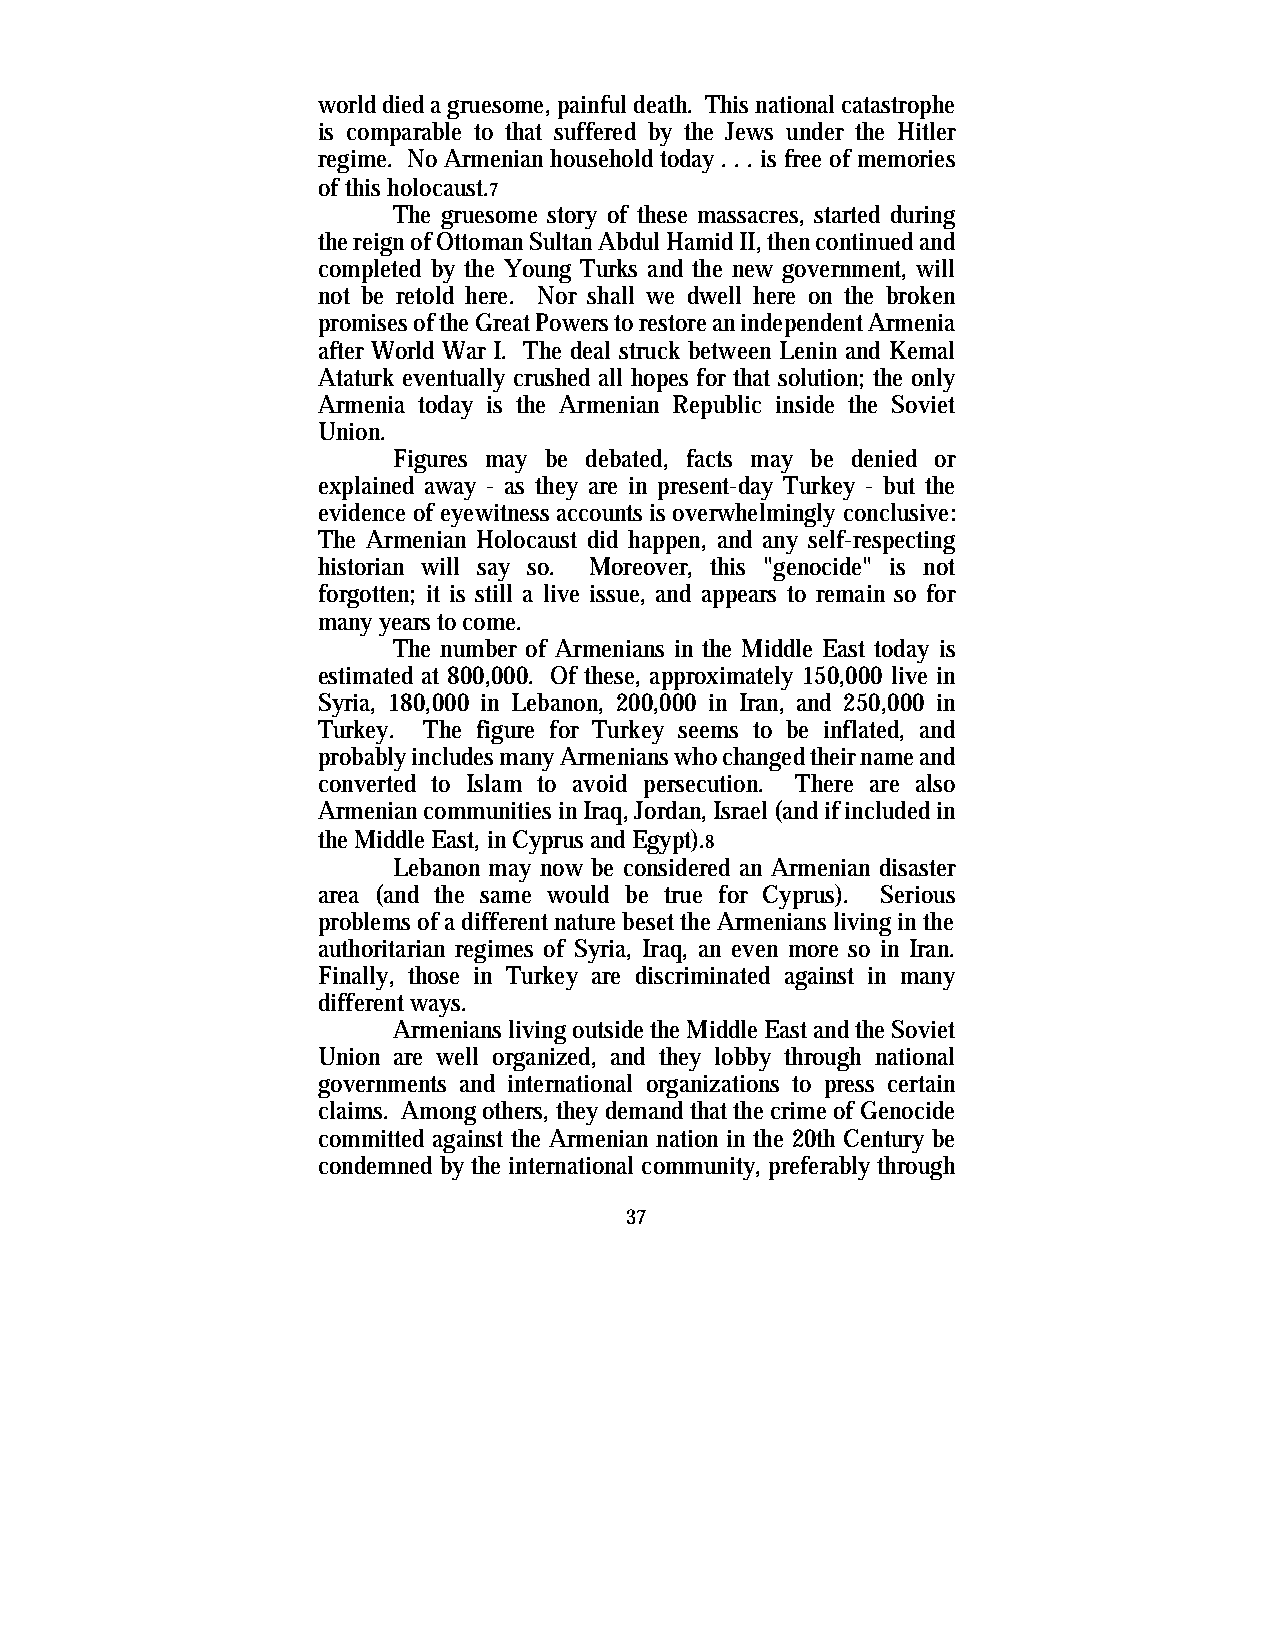
world died a gruesome, painful death. This national catastrophe
 is comparable to that suffered by the Jews under the Hitler
 regime. No Armenian household today . . . is free of memories
 of this holocaust.7
 The gruesome story of these massacres, started during
 the reign of Ottoman Sultan Abdul Hamid II, then continued and
 completed by the Young Turks and the new government, will
 not be retold here. Nor shall we dwell here on the broken
 promises of the Great Powers to restore an independent Armenia
 after World War I. The deal struck between Lenin and Kemal
 Ataturk eventually crushed all hopes for that solution; the only
 Armenia today is the Armenian Republic inside the Soviet
 Union.
 Figures may be debated, facts may be denied or
 explained away - as they are in present-day Turkey - but the
 evidence of eyewitness accounts is overwhelmingly conclusive:
 The Armenian Holocaust did happen, and any self-respecting
 historian will say so. Moreover, this "genocide" is not
 forgotten; it is still a live issue, and appears to remain so for
 many years to come.
 The number of Armenians in the Middle East today is
 estimated at 800,000. Of these, approximately 150,000 live in
 Syria, 180,000 in Lebanon, 200,000 in Iran, and 250,000 in
 Turkey. The figure for Turkey seems to be inflated, and
 probably includes many Armenians who changed their name and
 converted to Islam to avoid persecution. There are also
 Armenian communities in Iraq, Jordan, Israel (and if included in
 the Middle East, in Cyprus and Egypt).8
 Lebanon may now be considered an Armenian disaster
 area (and the same would be true for Cyprus). Serious
 problems of a different nature beset the Armenians living in the
 authoritarian regimes of Syria, Iraq, an even more so in Iran.
 Finally, those in Turkey are discriminated against in many
 different ways.
 Armenians living outside the Middle East and the Soviet
 Union are well organized, and they lobby through national
 governments and international organizations to press certain
 claims. Among others, they demand that the crime of Genocide
 committed against the Armenian nation in the 20th Century be
 condemned by the international community, preferably through
 37